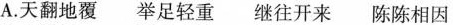
A.天翻地覆 举足轻重 继往开来 陈陈相因